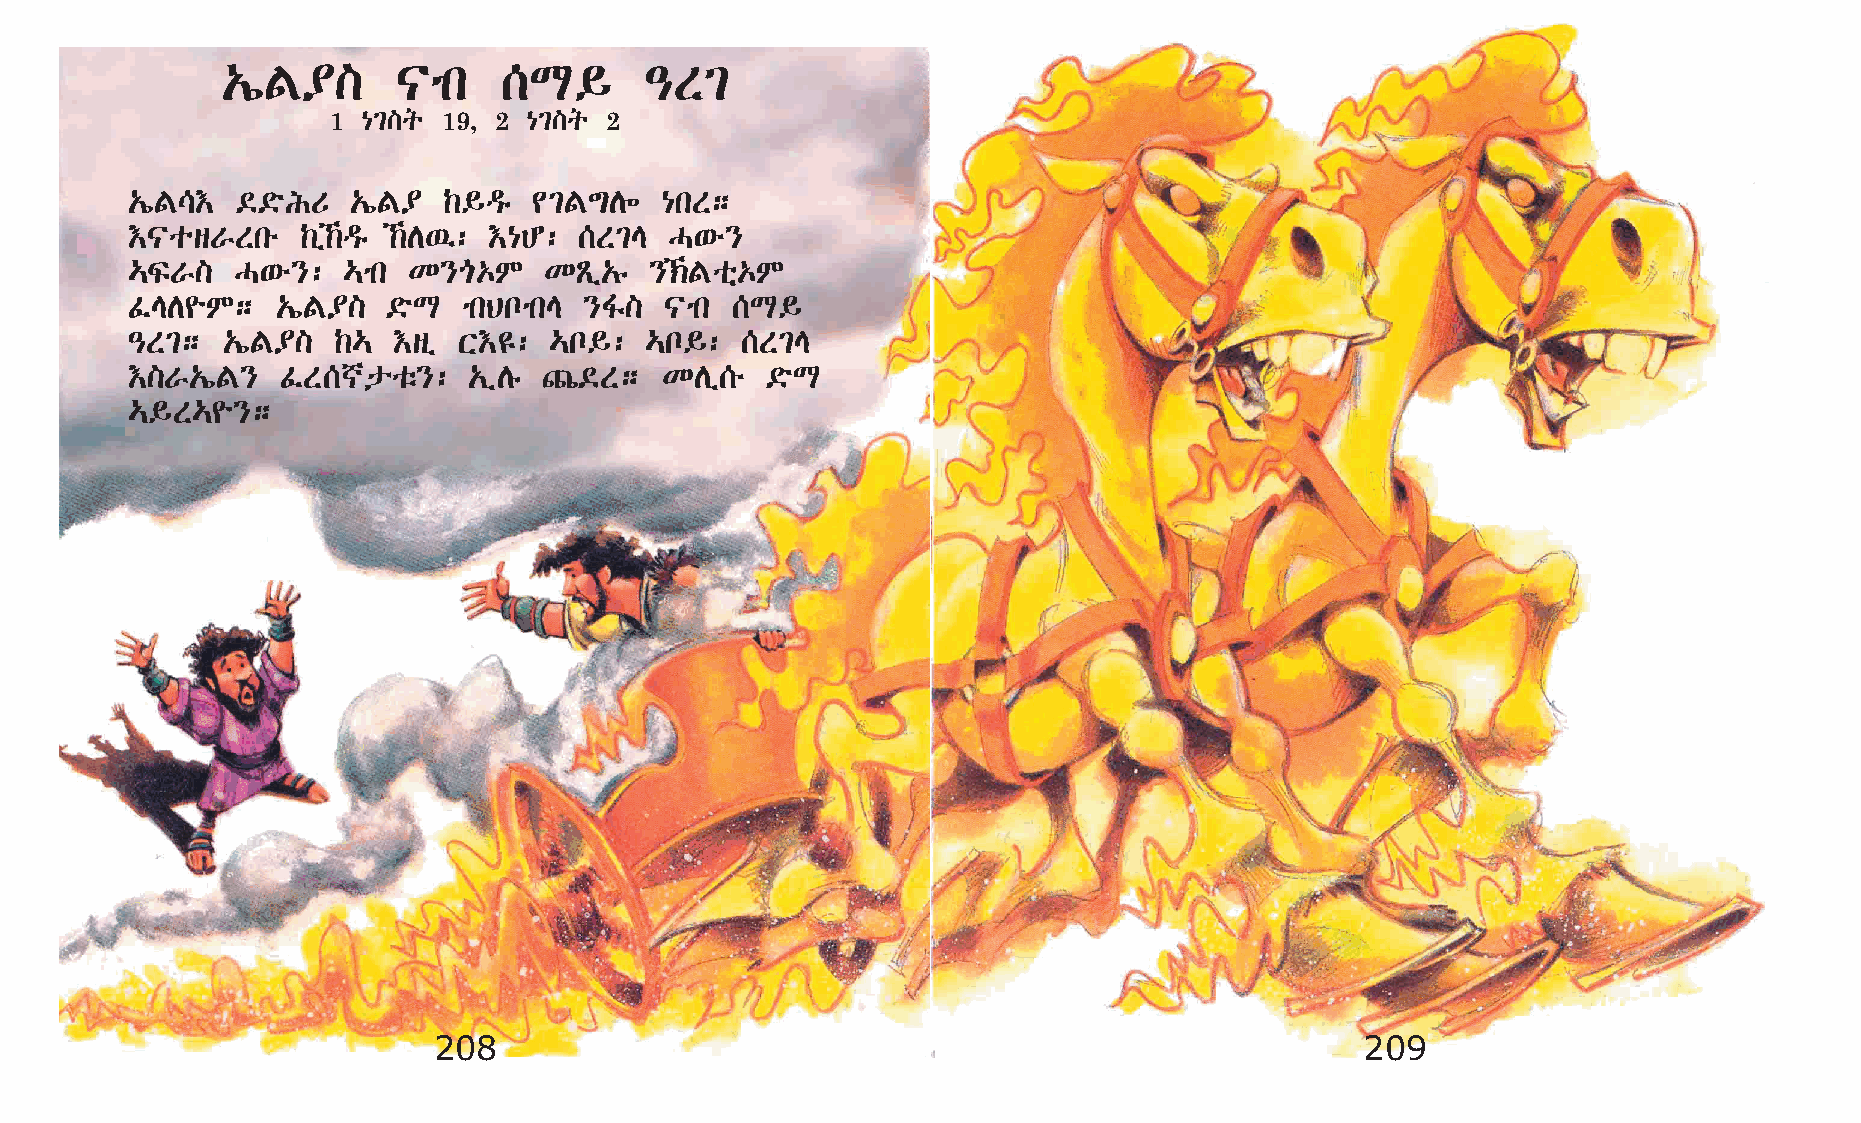
„íF¥]      |mk    [L§       –S²
 1 {²]q 19, 2 {²]q 2
 „íF\†   ©©öIU  „íF¥  ‰§ªê  ¢²F´D÷   {kS;
 †|osVSké    ‰ï‰ªê ‰D’: †{C: [S²E  H‘é}
 …ÏV]    H‘é}:  …mk K}µ‡M    KÃï„ê  }‹Foñ‡M
 ÊED¨M;    „íF¥]   ©öL  mkBnmkE }Í]  |mk [L§
 –S²;   „íF¥]  ‰…  †sï X†£:  …n§:   …n§:  [S²E
 †]V„íF}    ÊS[poë}:   „ïDê »©S;    KDï[é  ©öL
 …§S…¨};
 208                                                          209